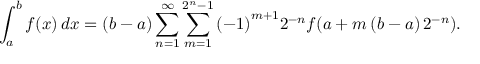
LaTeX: \int _ { a } ^ { b } { f ( x ) \, d x } = ( b - a ) \sum _ { n = 1 } ^ { \infty } { \sum _ { m = 1 } ^ { 2 ^ { n } - 1 } { \left( { - 1 } \right) ^ { m + 1 } } } 2 ^ { - n } f ( a + m \left( { b - a } \right) 2 ^ { - n } ) .